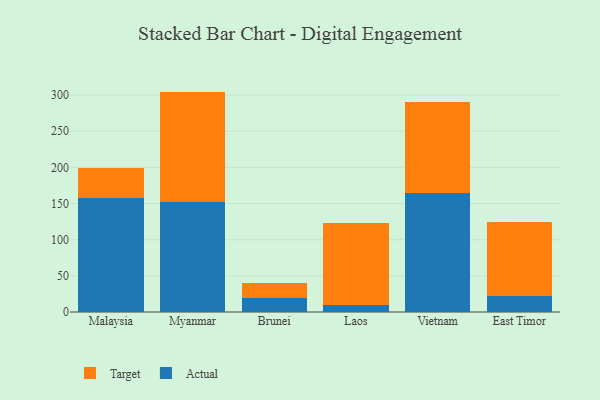
{"axis": {"x": "Country", "y": "Gross Profit (USD K)"}, "legend": ["Actual", "Target"], "data": [{"x": "Malaysia", "y": 157.6, "type": "Actual"}, {"x": "Malaysia", "y": 42.2, "type": "Target"}, {"x": "Myanmar", "y": 152.7, "type": "Actual"}, {"x": "Myanmar", "y": 152.2, "type": "Target"}, {"x": "Brunei", "y": 19.6, "type": "Actual"}, {"x": "Brunei", "y": 20.1, "type": "Target"}, {"x": "Laos", "y": 9.3, "type": "Actual"}, {"x": "Laos", "y": 113.4, "type": "Target"}, {"x": "Vietnam", "y": 164.4, "type": "Actual"}, {"x": "Vietnam", "y": 125.5, "type": "Target"}, {"x": "East Timor", "y": 22.1, "type": "Actual"}, {"x": "East Timor", "y": 102.6, "type": "Target"}]}